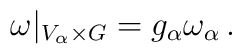
\omega|_{V_\alpha \times G} = g_\alpha \omega_\alpha\,.